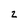
Character: 2